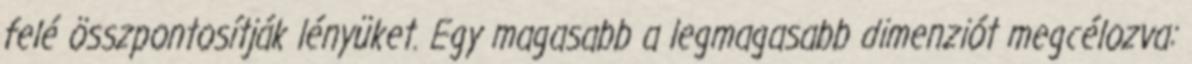
felé összpontosítják lényüket. Egy magasabb a legmagasabb dimenziót megcélozva: